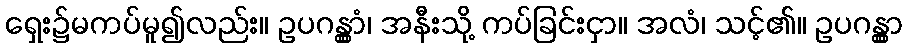
ရှေး၌မကပ်မူ၍လည်း။ ဥပဂန္တွာံ၊ အနီးသို့ ကပ်ခြင်းငှာ။ အလံ၊ သင့်၏။ ဥပဂန္တွာ